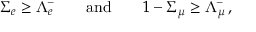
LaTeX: \Sigma _ { e } \geq \Lambda _ { e } ^ { - } \qquad \mathrm { a n d } \qquad 1 - \Sigma _ { \mu } \geq \Lambda _ { \mu } ^ { - } \, ,